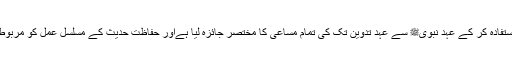
اس میں انہوں نے اردو عربی کتابوں سے استفادہ کر کے عہد نبویﷺ سے عہد تدوین تک کی تمام مساعی کا مختصر جائزہ لیا ہےاور حفاظت حدیث کے مسلسل عمل کو مربوط طریق پر پیش کرکی سعی جمیل کی ہے ۔